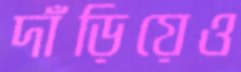
দাঁড়িয়েও